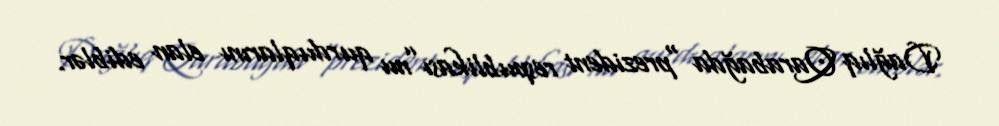
Dağlıq Qarabağda “prezident respublikası”nu qurduqlarını elan ediblər.